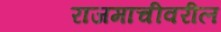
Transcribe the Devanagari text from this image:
राजमाचीवरील